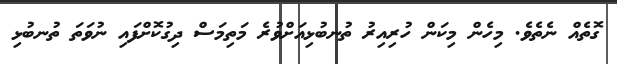
ގޮތެއް ނެެތެވެ. މިހެން މިކަން ހުރިއިރު ތުނބުޅިއަށްވުރެ މަތިމަސް ދިގުކޮށްފައި ނުވަތަ ތުނބުޅި